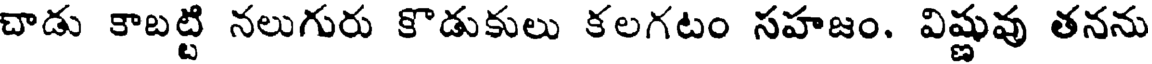
చాడు కాబట్టి నలుగురు కొడుకులు కలగటం సహజం. విష్ణువు తనను